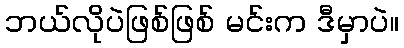
ဘယ်လိုပဲဖြစ်ဖြစ် မင်းက ဒီမှာပဲ။